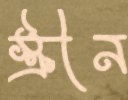
স্ক্রীন